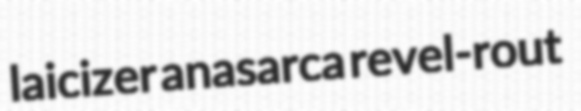
laicizer anasarca revel-rout